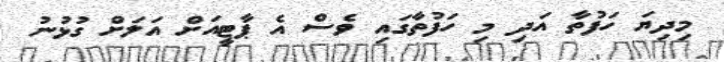
މިދިޔަ ހަފުތާ އަދި މި ހަފުތާގައި ވެސް އެ ޕާޓީއަށް އަލަށް ގުޅުނު